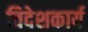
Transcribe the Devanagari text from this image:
विदेशकार्य